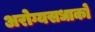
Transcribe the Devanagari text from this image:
अरोग्यसधाकों